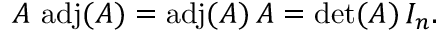
A \, \operatorname { a d j } ( A ) = \operatorname { a d j } ( A ) \, A = \operatorname* { d e t } ( A ) \, I _ { n } .